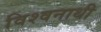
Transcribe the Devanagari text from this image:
विश्वनाथी